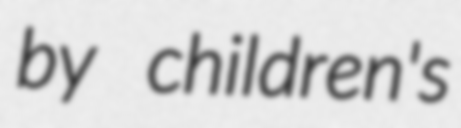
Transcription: by children's